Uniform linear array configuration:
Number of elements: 32
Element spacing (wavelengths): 1
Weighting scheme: binomial
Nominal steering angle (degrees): -30
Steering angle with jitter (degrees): -28.758
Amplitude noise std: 0.05
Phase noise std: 0.05

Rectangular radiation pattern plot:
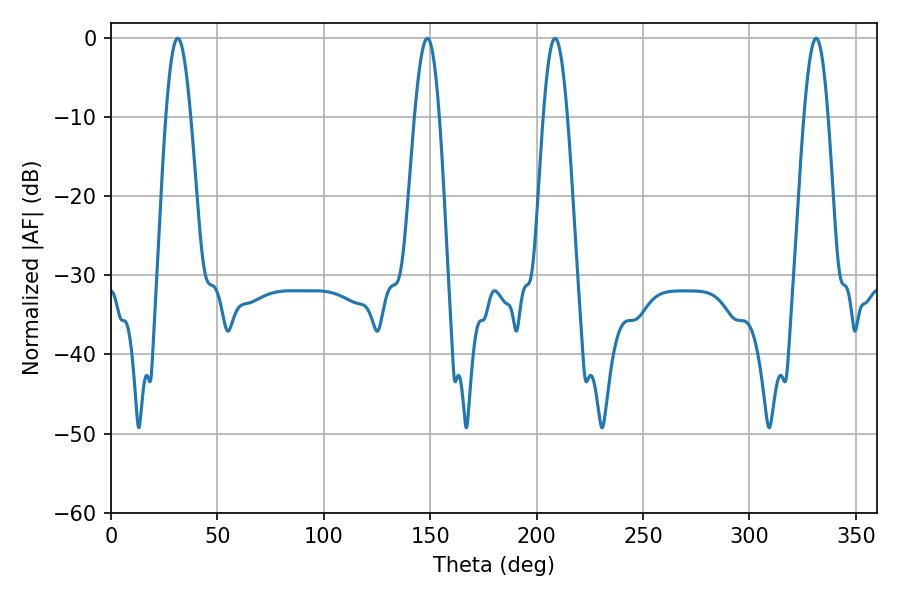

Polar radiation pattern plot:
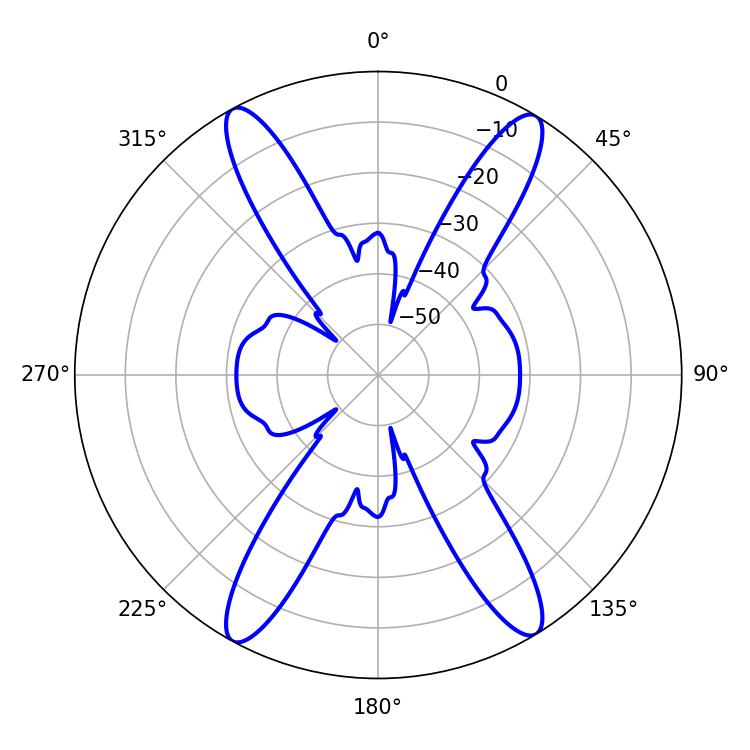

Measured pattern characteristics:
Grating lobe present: TRUE
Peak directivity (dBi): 21.684
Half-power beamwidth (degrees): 6.3
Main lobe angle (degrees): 31.32